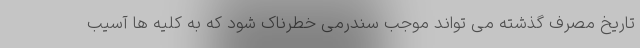
تاریخ مصرف گذشته می تواند موجب سندرمی خطرناک شود که به کلیه ها آسیب